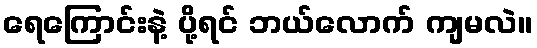
ရေကြောင်းနဲ့ ပို့ရင် ဘယ်လောက် ကျမလဲ။